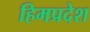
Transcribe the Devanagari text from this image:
हिमप्रदेश